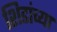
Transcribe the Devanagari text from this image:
शिडांच्या